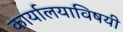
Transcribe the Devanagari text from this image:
कार्यालयाविषयी